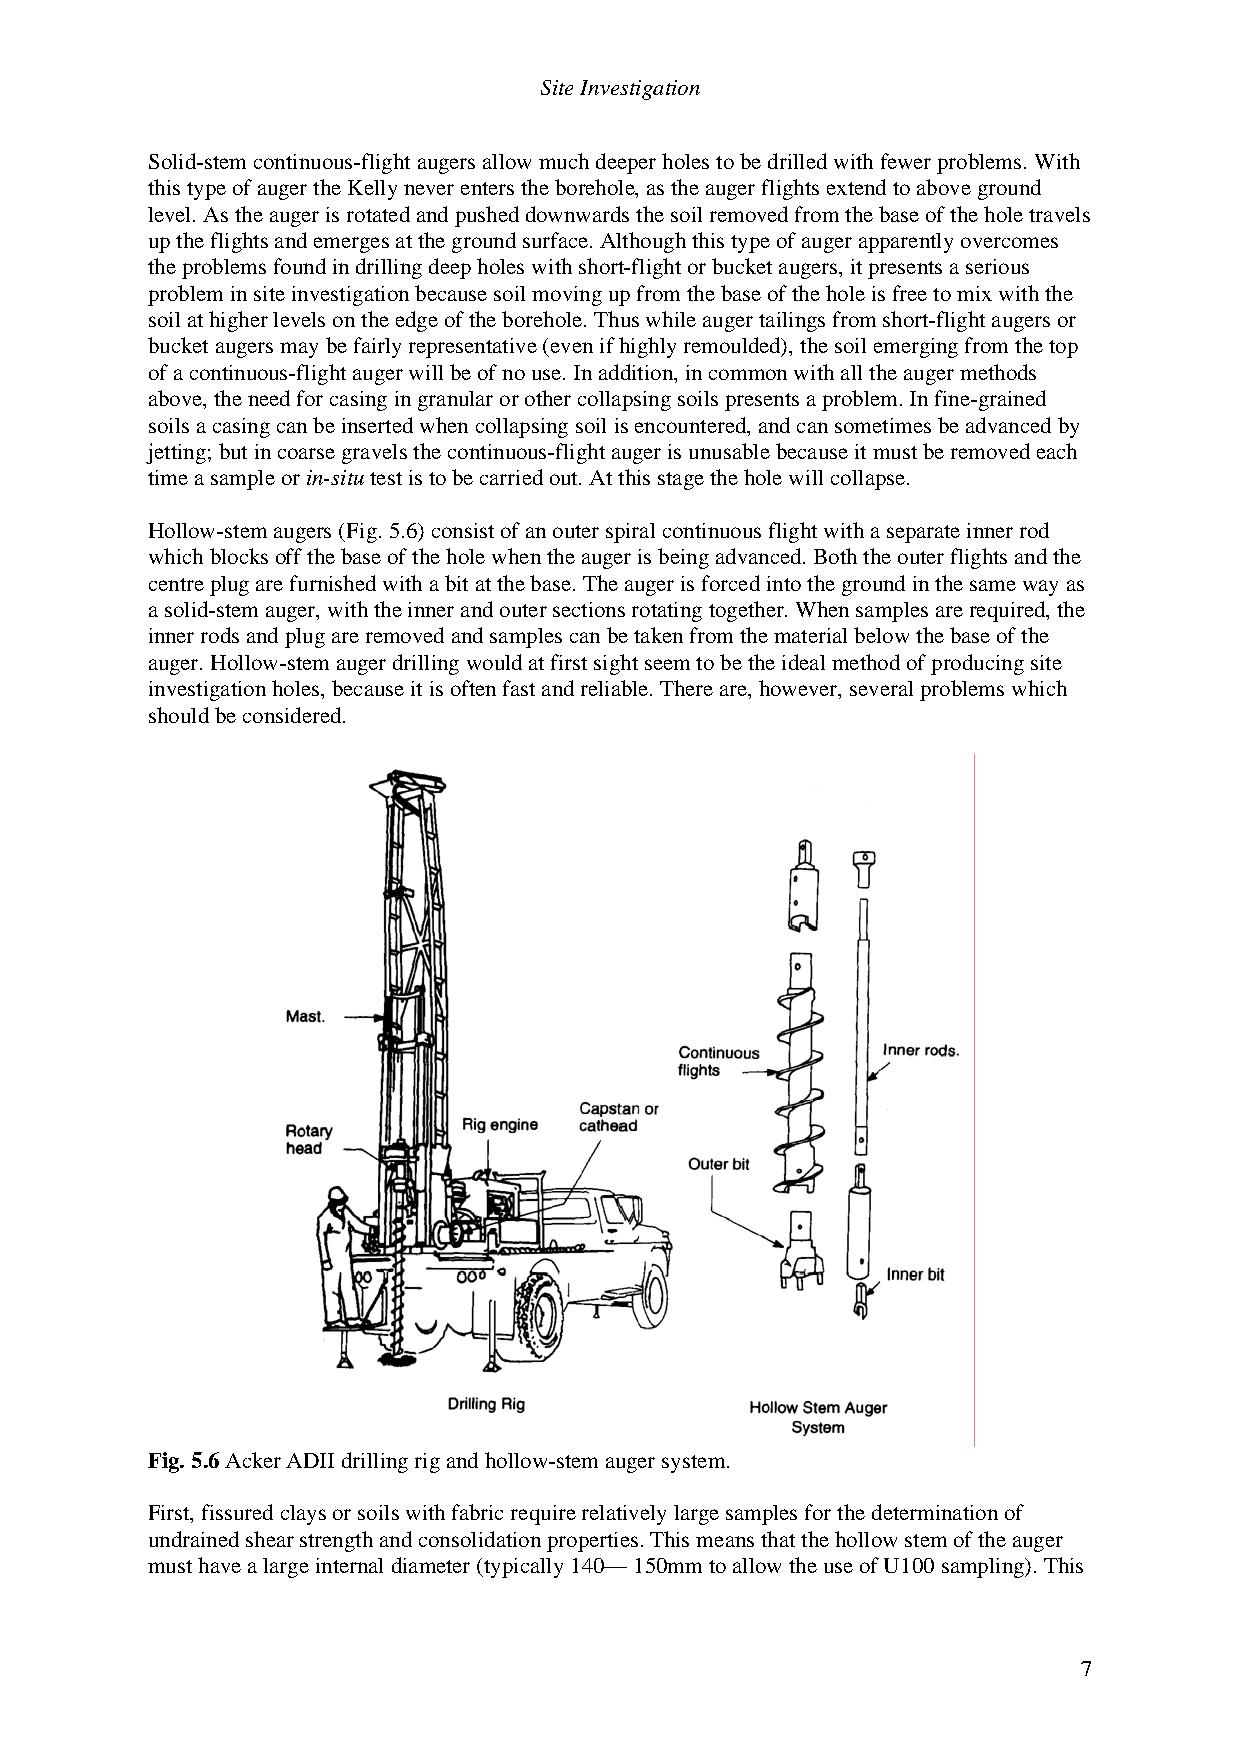
Site Investigation
 Solid-stem continuous-flight augers allow much deeper holes to be drilled with fewer problems. With
 this type of auger the Kelly never enters the borehole, as the auger flights extend to above ground
 level. As the auger is rotated and pushed downwards the soil removed from the base of the hole travels
 up the flights and emerges at the ground surface. Although this type of auger apparently overcomes
 the problems found in drilling deep holes with short-flight or bucket augers, it presents a serious
 problem in site investigation because soil moving up from the base of the hole is free to mix with the
 soil at higher levels on the edge of the borehole. Thus while auger tailings from short-flight augers or
 bucket augers may be fairly representative (even if highly remoulded), the soil emerging from the top
 of a continuous-flight auger will be of no use. In addition, in common with all the auger methods
 above, the need for casing in granular or other collapsing soils presents a problem. In fine-grained
 soils a casing can be inserted when collapsing soil is encountered, and can sometimes be advanced by
 jetting; but in coarse gravels the continuous-flight auger is unusable because it must be removed each
 time a sample or in-situ test is to be carried out. At this stage the hole will collapse.
 Hollow-stem augers (Fig. 5.6) consist of an outer spiral continuous flight with a separate inner rod
 which blocks off the base of the hole when the auger is being advanced. Both the outer flights and the
 centre plug are furnished with a bit at the base. The auger is forced into the ground in the same way as
 a solid-stem auger, with the inner and outer sections rotating together. When samples are required, the
 inner rods and plug are removed and samples can be taken from the material below the base of the
 auger. Hollow-stem auger drilling would at first sight seem to be the ideal method of producing site
 investigation holes, because it is often fast and reliable. There are, however, several problems which
 should be considered.
 Fig. 5.6 Acker ADII drilling rig and hollow-stem auger system.
 First, fissured clays or soils with fabric require relatively large samples for the determination of
 undrained shear strength and consolidation properties. This means that the hollow stem of the auger
 must have a large internal diameter (typically 140— 150mm to allow the use of U100 sampling). This
 7